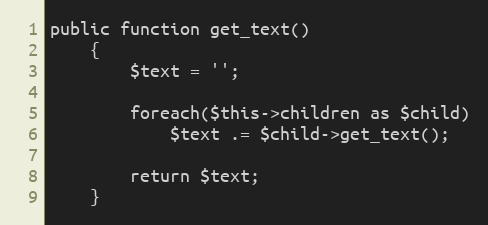
Language: PHP
public function get_text()
	{
		$text = '';

		foreach($this->children as $child)
			$text .= $child->get_text();

		return $text;
	}